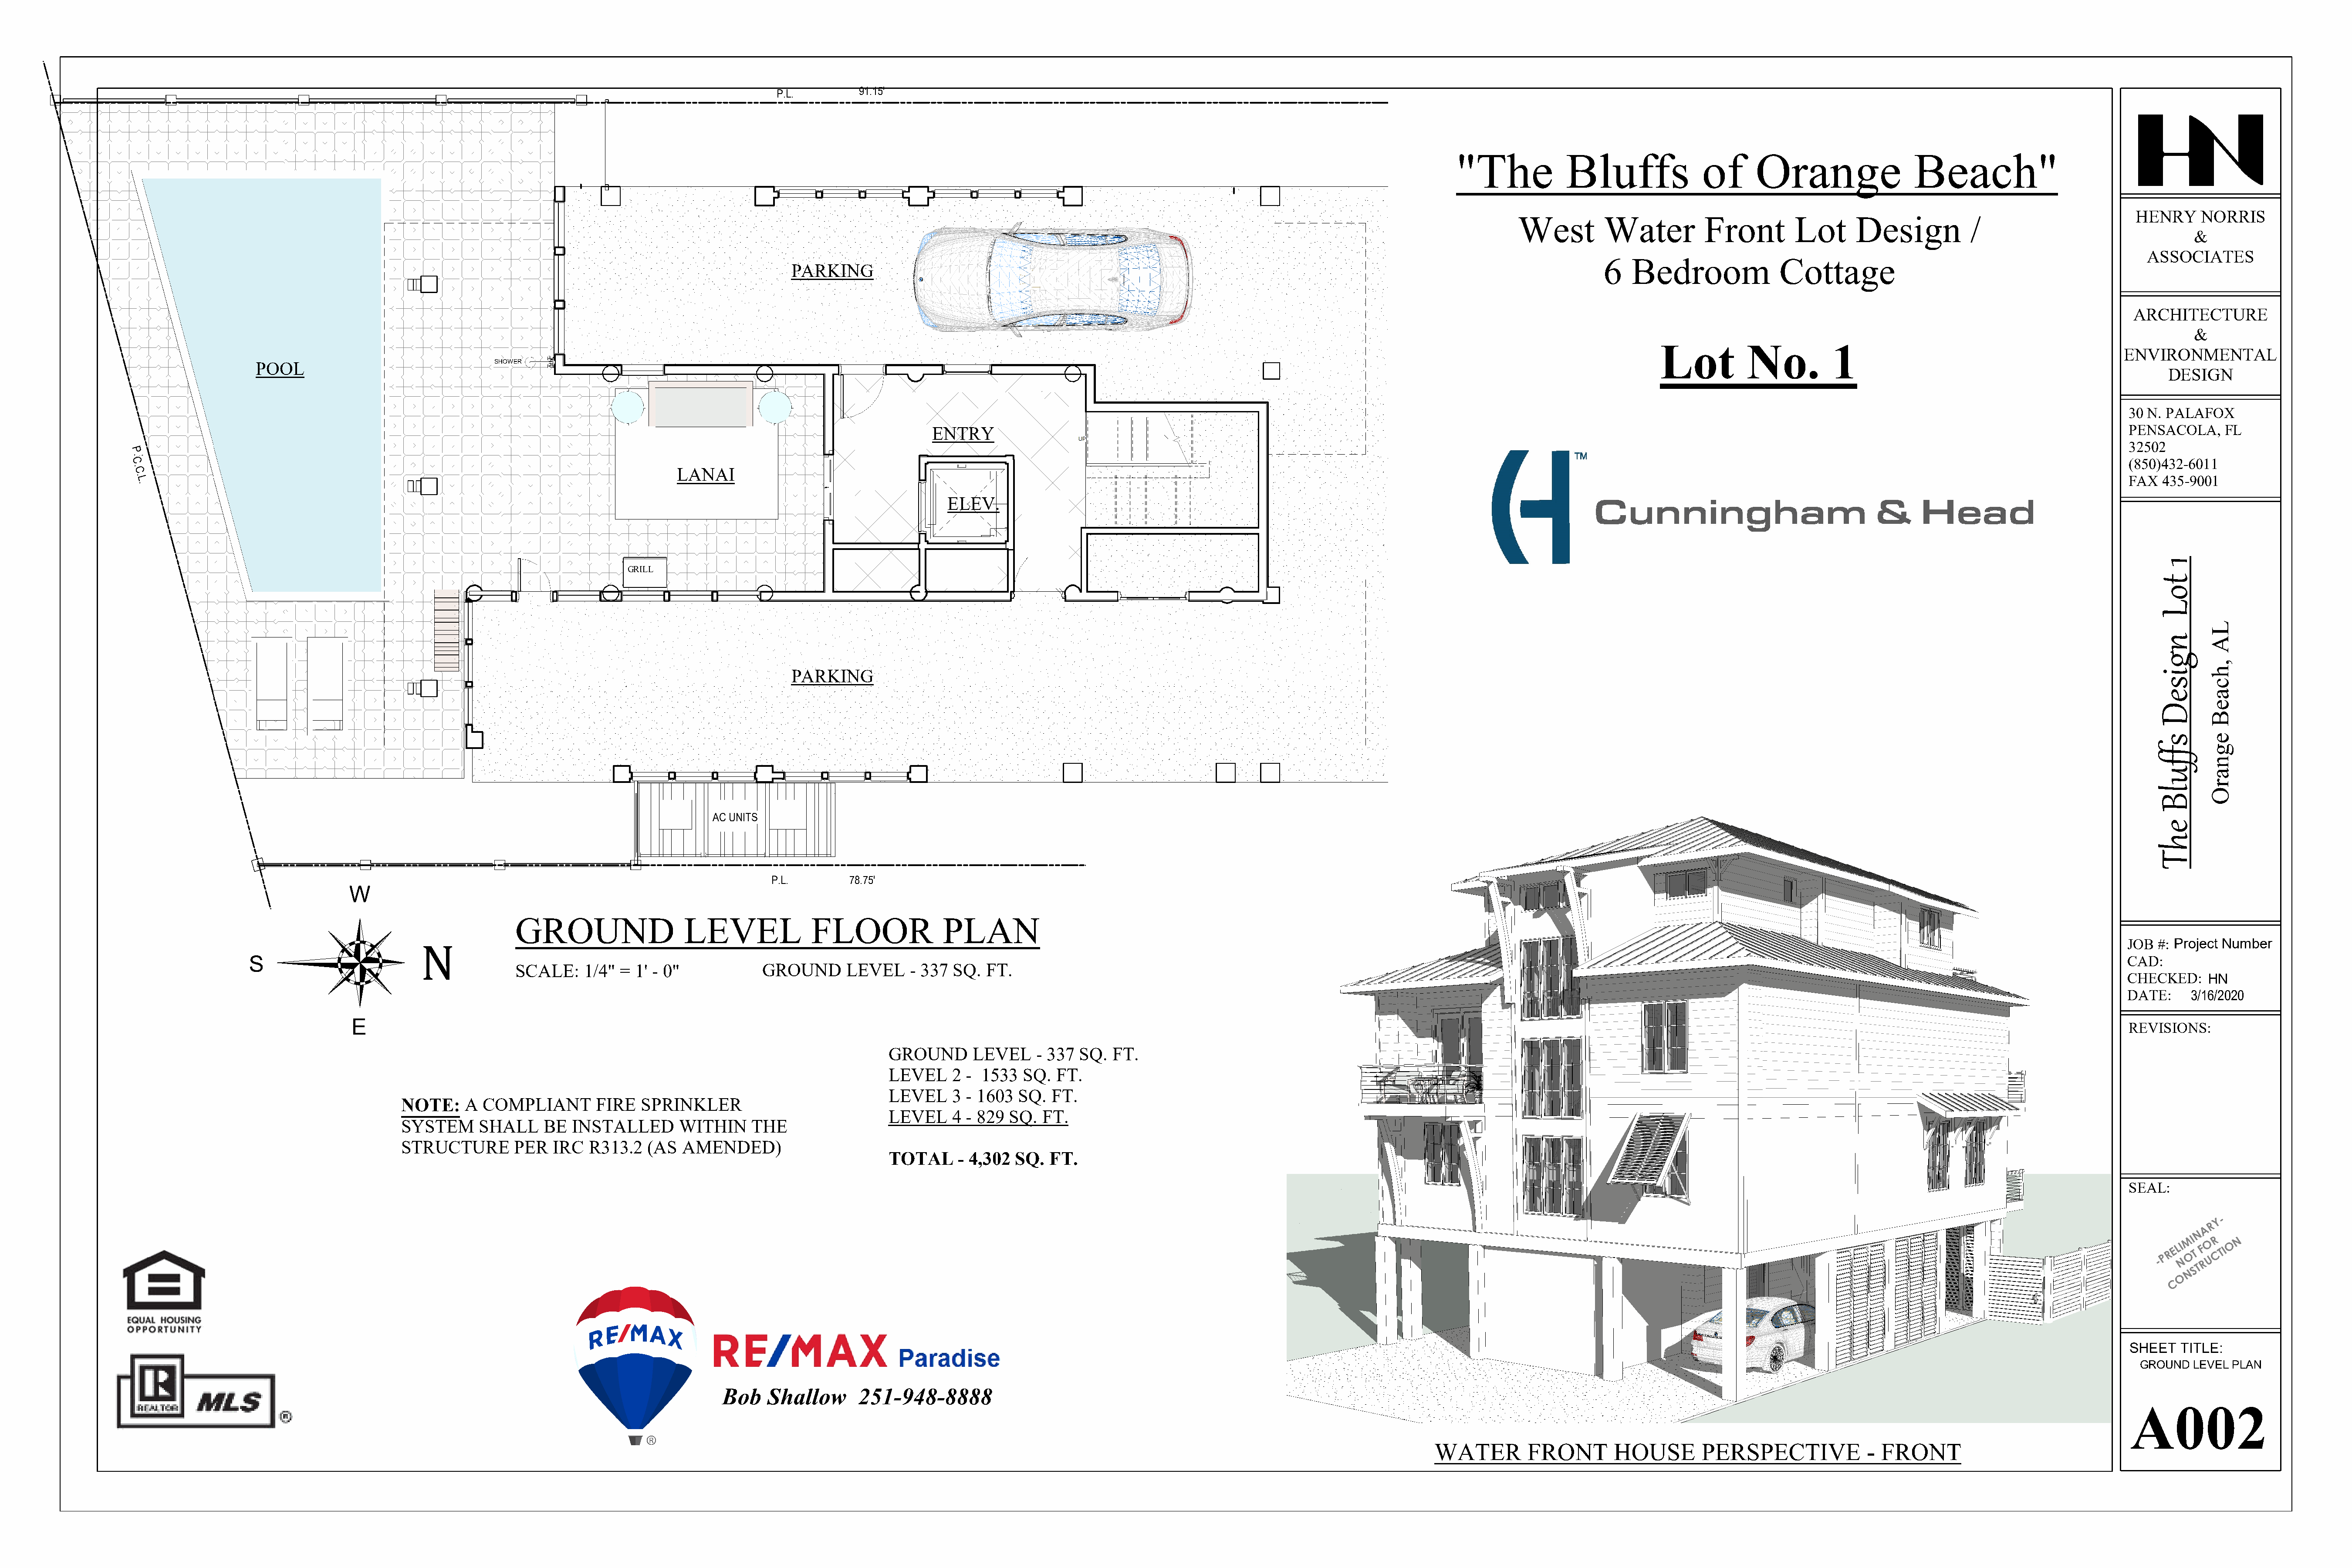
P.L.         91.15'
 "The             Bluffs               of      Orange                  Beach"
 HENRY     NORRIS
 West         Water          Front         Lot      Design            /
 &
 ASSOCIATES
 6   Bedroom               Cottage
 PARKING
 ARCHITECTURE
 &
 Lot           No.          1
 ENVIRONMENTAL
 POOL                                SHOWER
 DESIGN
 30 N. PALAFOX
 ENTRY                                                                                                                                                                                 PENSACOLA,    FL
 32502
 P
 .
 CL                                                                                                                                                                                                                                                                                                              (850)432-6011
 .
 . C                                                                                LANAI
 . L                                                                                                                                                                                                                                                                                                             FAX  435-9001
 .
 ELEV.
 GRILL
 PARKING
 AC UNITS
 P.L.        78.75'
 W
 GROUND                    LEVEL              FLOOR               PLAN
 JOB  #: P roject Number
 N
 S                                                                                                                                                                                                                                                                                            CAD:
 SCALE:     1/4" =  1' - 0"            GROUND       LEVEL    - 337  SQ.  FT.
 CHECKED:     HN
 DATE:     3/16/2020
 E
 REVISIONS:
 GROUND       LEVEL    - 337  SQ.  FT.
 LEVEL     2 - 1533   SQ.  FT.
 LEVEL     3 - 1603  SQ.  FT.
 NOTE:     A COMPLIANT         FIRE  SPRINKLER
 LEVEL     4 - 829 SQ.  FT.
 SYSTEM      SHALL     BE  INSTALLED       WITHIN     THE
 STRUCTURE        PER   IRC   R313.2  (AS   AMENDED)
 TOTAL      - 4,302 SQ.   FT.
 SEAL:
 Y -
 R
 A
 N
 MI   R  N
 - P R E LI N O T F R O U C TIO
 ST
 N
 O
 C
 SHEET  TITLE:
 GROUND  LEVEL PLAN
 Bob    Shallow      251-948-8888
 A002
 WATER         FRONT        HOUSE         PERSPECTIVE              - FRONT
 LA
 ,hcaeB
 egnarO